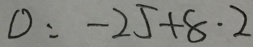
0 = - 2 5 + 8 . 2